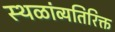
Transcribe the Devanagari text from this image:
स्थळांव्यतिरिक्त